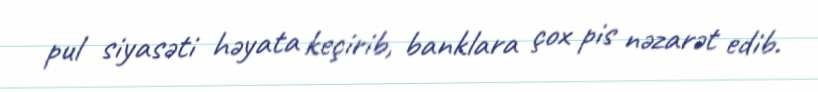
pul siyasəti həyata keçirib, banklara çox pis nəzarət edib.